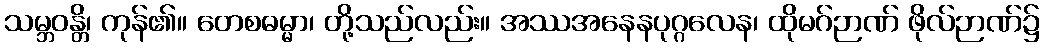
သမ္ဘဝန္တိ၊ ကုန်၏။ တေစဓမ္မာ၊ တို့သည်လည်း။ အဿအနေနပုဂ္ဂလေန၊ ထိုမဂ်ဉာဏ် ဖိုလ်ဉာဏ်၌